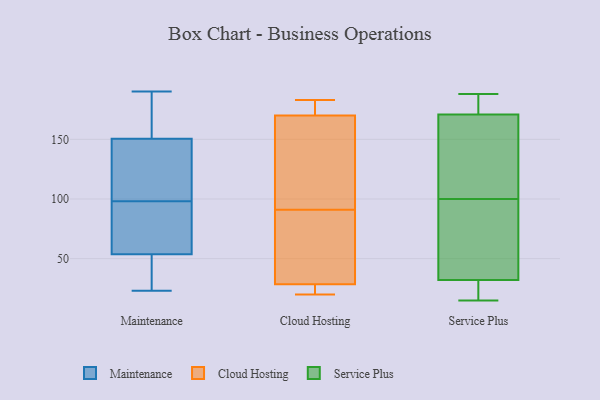
{"axis": {"x": "Backlog", "y": "Value"}, "legend": ["Cloud Hosting", "Maintenance", "Service Plus"], "data": [{"x": "", "y": 123, "type": "Maintenance"}, {"x": "", "y": 44, "type": "Maintenance"}, {"x": "", "y": 145, "type": "Maintenance"}, {"x": "", "y": 23, "type": "Maintenance"}, {"x": "", "y": 63, "type": "Maintenance"}, {"x": "", "y": 129, "type": "Maintenance"}, {"x": "", "y": 98, "type": "Maintenance"}, {"x": "", "y": 185, "type": "Maintenance"}, {"x": "", "y": 167, "type": "Maintenance"}, {"x": "", "y": 190, "type": "Maintenance"}, {"x": "", "y": 57, "type": "Maintenance"}, {"x": "", "y": 80, "type": "Maintenance"}, {"x": "", "y": 32, "type": "Maintenance"}, {"x": "", "y": 91, "type": "Cloud Hosting"}, {"x": "", "y": 67, "type": "Cloud Hosting"}, {"x": "", "y": 183, "type": "Cloud Hosting"}, {"x": "", "y": 180, "type": "Cloud Hosting"}, {"x": "", "y": 168, "type": "Cloud Hosting"}, {"x": "", "y": 108, "type": "Cloud Hosting"}, {"x": "", "y": 131, "type": "Cloud Hosting"}, {"x": "", "y": 176, "type": "Cloud Hosting"}, {"x": "", "y": 24, "type": "Cloud Hosting"}, {"x": "", "y": 30, "type": "Cloud Hosting"}, {"x": "", "y": 23, "type": "Cloud Hosting"}, {"x": "", "y": 88, "type": "Cloud Hosting"}, {"x": "", "y": 20, "type": "Cloud Hosting"}, {"x": "", "y": 117, "type": "Service Plus"}, {"x": "", "y": 17, "type": "Service Plus"}, {"x": "", "y": 15, "type": "Service Plus"}, {"x": "", "y": 188, "type": "Service Plus"}, {"x": "", "y": 159, "type": "Service Plus"}, {"x": "", "y": 176, "type": "Service Plus"}, {"x": "", "y": 90, "type": "Service Plus"}, {"x": "", "y": 36, "type": "Service Plus"}, {"x": "", "y": 83, "type": "Service Plus"}, {"x": "", "y": 169, "type": "Service Plus"}, {"x": "", "y": 20, "type": "Service Plus"}, {"x": "", "y": 100, "type": "Service Plus"}, {"x": "", "y": 186, "type": "Service Plus"}]}